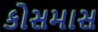
કોસમાસ